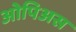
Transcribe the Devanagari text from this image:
ओपिअस